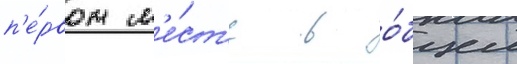
п'е́рвом м'е́ст'е в о́бщем